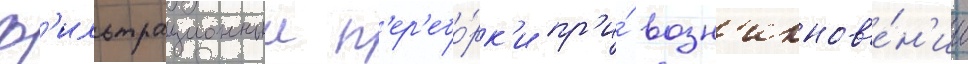
ф'ильтрационныи п'ер'ебо́рк'и пр'и́ возн'икнов'е́н'ии